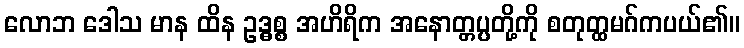
လောဘ ဒေါသ မာန ထိန ဥဒ္ဓစ္စ အဟိရိက အနောတ္တပ္ပတို့ကို စတုတ္ထမဂ်ကပယ်၏။